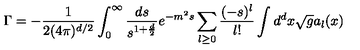
\Gamma = - { \frac { 1 } { 2 ( 4 \pi ) ^ { d / 2 } } } \int _ { 0 } ^ { \infty } { \frac { d s } { s ^ { 1 + { \frac { d } { 2 } } } } } e ^ { - m ^ { 2 } s } \sum _ { l \geq 0 } { \frac { ( - s ) ^ { l } } { l ! } } \int d ^ { d } x \sqrt g a _ { l } ( x )